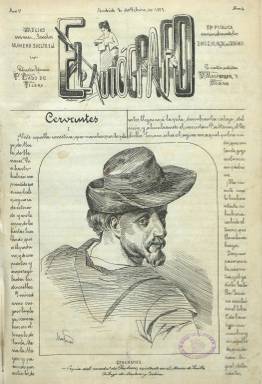
Título: El Autógrafo (Madrid)
Colección: Literatura
Ámbito geográfico: Madrid
Lugar de publicación: Madrid
Fechas: 02/02/1873-26/03/1874

Se trata de una publicación peculiar por cuanto usó el proceso litográfico en toda su extensión, al ser utilizado para reproducir también los textos que previamente son caligrafiados a mano, y de ahí quizá se desprenda el significado de su título. Su fundador, director y principal redactor fue un entonces joven catalán afincando en Madrid, V. Masferrer y Codina, que a la temprana edad diecisiete años es el autor también de decenas de dibujos, entre retratos, caricaturas, cuadros de costumbres o humor gráfico, que inserta en sus páginas, algunos de ellos coloreados a varias tintas.

Comenzó a publicarlo el cinco de enero de 1873, aunque la colección de la Biblioteca Nacional de España empieza con su cuarta entrega, correspondiente al dos de febrero de 1873, y termina en la número 59, del 26 de marzo de 1874. Cada cuadernillo es de ocho páginas, apareciendo tres veces al mes o cuatro (los días 2, 10, 18 y 26), con una “composición” a dos columnas. Fue estampado en las litografías de N. González, de Ruiz y de La Nación.

Publica breves narraciones y artículos literarios y de costumbres, fábulas, composiciones poéticas, charadas o jeroglíficos. Tiene también una sección de Variedades o Miscelánea, con anotaciones de carácter jocoso, chistes o breves noticias, como la del fallecimiento de Gertrudis Gómez de Avellaneda, y publica una Necrología de 1873.

Muchos de los personajes políticos de la época pasan por la pluma del joven Masferrer, y entre los grabados publicados aparecen, además de Cervantes, Rubens o Aloys Senefelder (inventor de la litografía), Salustiano de Olózaga o Bravo Murillo o la citada escritora Gertrudis Gómez de Avellaneda.

También aparecen bajo algunos de sus textos las firmas de Juan Nicasio Gallego, Antonio de Trueba, Tomás de Asensi, Manuel Bretón de los Herreros, Carlos Vieyra de Abréu, José Selgas, Fernando Rovira, Ortiz de la Vega, Ángela Grassi o Adela Sánchez y Cantos.

Junto a la peculiaridad de la composición caligráfica de sus textos y de la modernidad que representan los trazos artísticos de Masferrer también como dibujante (que al principio aparece como director artístico, junto a P. Lado de Tijera, como editor literario, siendo probablemente este un seudónimo del propio Masferrer), la revista puede encajar, además de entre las literarias e ilustradas, como infantil o más bien entre las juveniles.